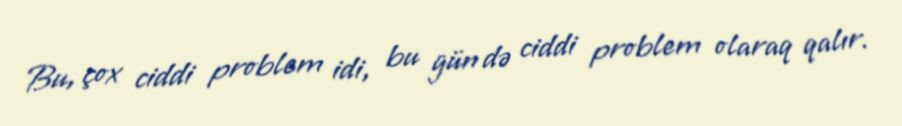
Bu, çox ciddi problem idi, bu gün də ciddi problem olaraq qalır.